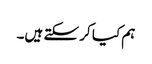
ہم کیا کر سکتے ہیں۔